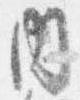
内